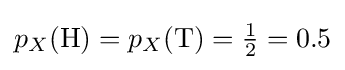
{\textstyle p_{X}{({\text{H}})}=p_{X}{({\text{T}})}={\tfrac {1}{2}}=0.5}